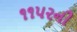
૧૧૫૨ની